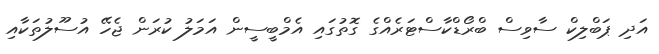
އަދި ޕަބްލިކް ސާވިސް ބްރޯޑްކާސްޓަރެއްގެ ގޮތުގައި އެމްބީސީން އަމަލު ކުރަން ޖެހޭ އުސޫލުތަކާއި